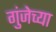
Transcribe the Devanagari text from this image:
गुंजेच्या